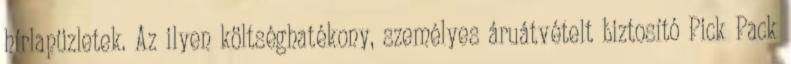
hírlapüzletek. Az ilyen költséghatékony, személyes áruátvételt biztosító Pick Pack